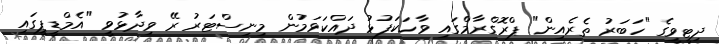
ދިޓީވީގެ "ހަބަރު ތެރެއިން" ޕްރޮގްރާމްގައި ވާހަކަފުޅު ދައްކަވަމުން މިނިސްޓަރު ރޭ ވިދާޅުވީ "އެމްޑީޕީގައި